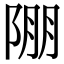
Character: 𨹹